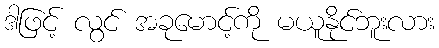
ဒါဖြင့် လွင် အခုမောင့်ကို မယူနိုင်ဘူးလား